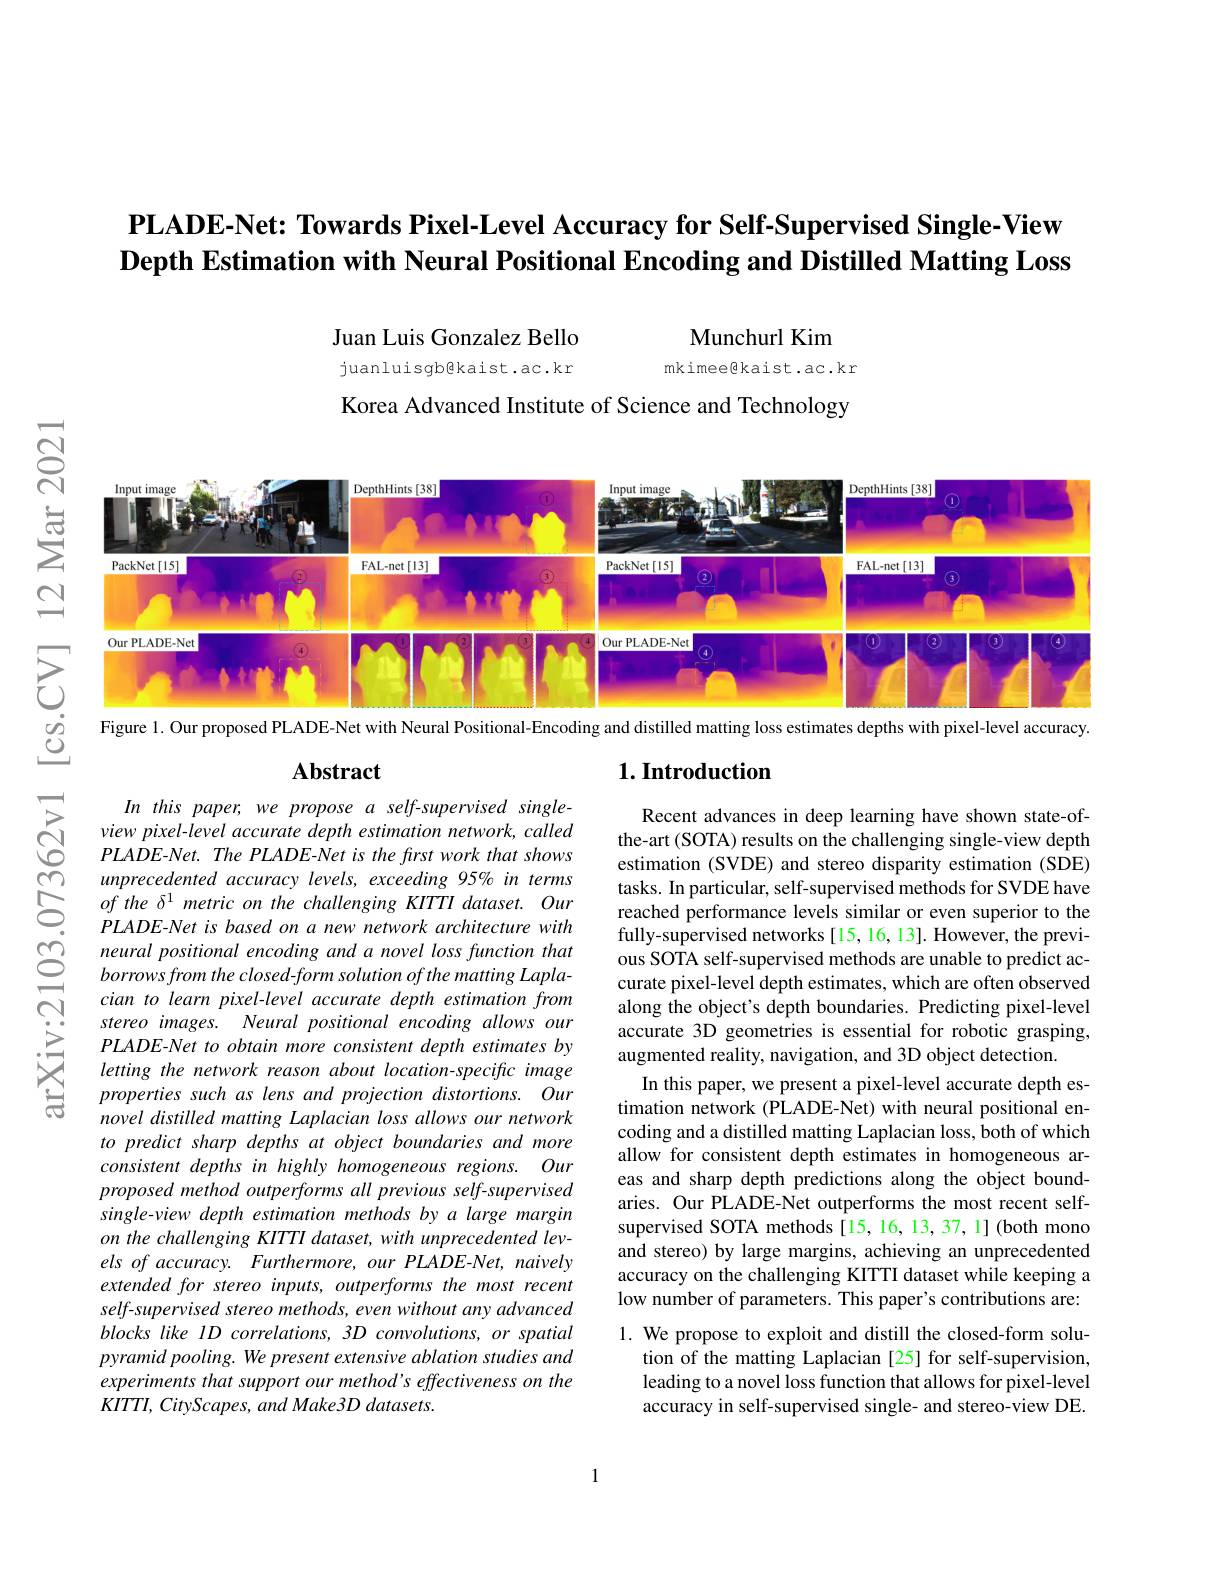
$\textbf{PLADE- Net: Towards Pixel- Level Accuracy for Self- Supervised Single- View}$ Depth Estimation with Neural Positional Encoding and Distilled Matting Loss

Juan Luis Gonzalez Bello juanluisgbekaist.ac.kr

Munchurl Kim
mkimeegkaist.ac.kr

Korea Advanced Institute of Science and Technology

<FigureHere>
Figure 1. Our proposed PLADE-Net with Neural Positional-Encoding and distilled matting loss estimates depths with pixel-level accuracy.

## $\mathbf{Abstract}$

## $1. \textbf{Introduction}$

Recent advances in deep learning have shown state-ofthe-art (SOTA) results on the challenging single-view depth estimation (SVDE) and stereo disparity estimation (SDE) tasks. In particular, self-supervised methods for SVDE have reached performance levels similar or even superior to the fully-supervised networks[15,16,13]. However, the previous SOTA self-supervised methods are unable to predict accurate pixel-level depth estimates, which are often observed along the object's depth boundaries. Predicting pixel-level accurate 3D geometries is essential for robotic grasping, augmented reality, navigation, and 3D object detection
In this paper, we present a pixel-level accurate depth estimation network (PLADE-Net) with neural positional encoding and a distilled matting Laplacian loss, both of which allow for consistent depth estimates in homogeneous areas and sharp depth predictions along the object boundaries. Our PLADE-Net outperforms the most recent selfsupervised SOTA methods[15,16,13,37,1](both mono and stereo) by large margins, achieving an unprecedented accuracy on the challenging KITTI dataset while keeping a low number of parameters. This paper's contributions are: 1. We propose to exploit and distill the closed-form solu-
tion of the matting Laplacian [25] for self-supervision, leading to a novel loss function that allows for pixel-level accuracy in self-supervised single- and stereo-view DE

In this paper, we propose a self-supervised singleview pixel-level accurate depth estimation network, called $PLADE-Net.ThePLADE-Netisthefirstworkthatshows$ unprecedented accuracy levels, exceeding 95% in terms of the δ1 metric on the challenging KITTI dataset. Our PLADE-Net is based on a new network architecture with neural positional encoding and a novel loss function that borrows from the closed-form solution of the matting Laplacian to learn pixel-level accurate depth estimation from stereo images. Neural positional encoding allows our $PLADE- Net\textit{ to obtain more consistent depth estimates by}$ letting the network reason about location-specific image properties such as lens and projection distortions. Our novel distilled matting Laplacian loss allows our network to predict sharp depths at object boundaries and more consistent depths in highly homogeneous regions. Our proposed method outperforms all previous self-supervised single-view depth estimation methods by a large margin on the challenging KITTI dataset, with unprecedented levels of accuracy. Furthermore, our PLADE-Net, naively extended for stereo inputs, outperforms the most recent self-supervised stereo methods, even without any advanced blocks like ID correlations, 3D convolutions, or spatial pyramid pooling. We present extensive ablation studies and experiments that support our method's effectiveness on the $KITTI,CityScapes,andMake3D$ datasets.

1